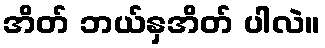
အိတ် ဘယ်နှအိတ် ပါလဲ။